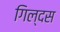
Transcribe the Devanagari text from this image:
गिल्दस